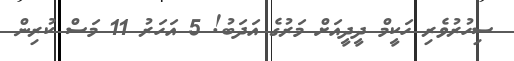
ސިހުރުވެރި ހަކީމް ދީދީއަށް މަރުގެ އަދަބު! 5 އަހަރު 11 މަސް ކުރިން